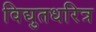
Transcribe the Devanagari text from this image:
विद्युतधरित्र